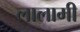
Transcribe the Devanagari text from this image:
लालामी